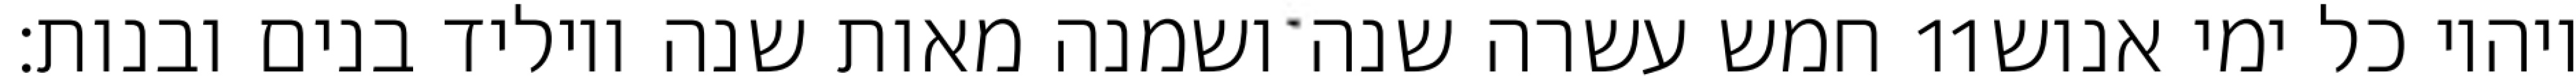
חמש עשרה שנה ושמנה מאות שנה ויוליד בנים ובנות׃ ‎11‏ ויהיו כל ימי אנוש